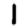
Digit: 1